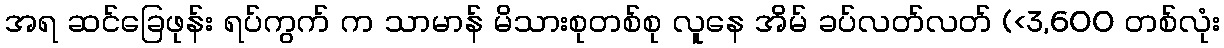
အရ ဆင်ခြေဖုန်း ရပ်ကွက် က သာမာန် မိသားစုတစ်စု လူနေ အိမ် ခပ်လတ်လတ် (<3,600 တစ်လုံး